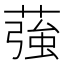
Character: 蔃